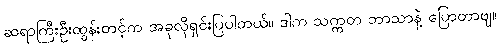
ဆရာကြီးဦးထွန်းတင့်က အခုလိုရှင်းပြပါတယ်။ ဒါက သက္ကတ ဘာသာနဲ့ ပြောတာဗျ။